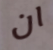
ان